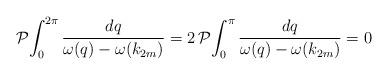
LaTeX: \begin{align*}\mathcal{P} \! \int_0^{2\pi}\frac{d q }{\omega(q)-\omega(k_{2m})}=2\, \mathcal{P} \!\int_0^{\pi}\frac{d q }{\omega(q)-\omega(k_{2m})}=0\end{align*}